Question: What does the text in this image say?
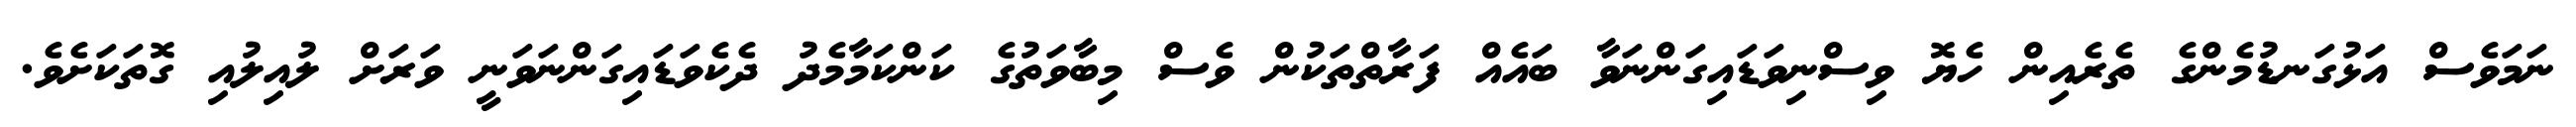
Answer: ނަމަވެސް އަޅުގަނޑުމެންގެ ތެރެއިން ހެޔޮ ވިސްނިވަޑައިގަންނަވާ ބައެއް ފަރާތްތަކުން ވެސް މިބާވަތުގެ ކަންކަމާމެދު ދެކެވަޑައިގަންނަވަނީ ވަރަށް ލުއިލުއި ގޮތަކަށެވެ.